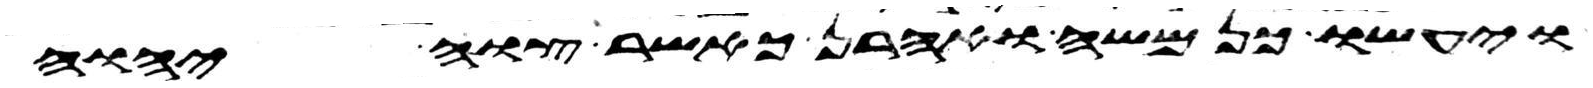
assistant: ויעשו כן משה ואהרן כאשר צוה יהוה